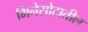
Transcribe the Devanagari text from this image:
मिनेसोटातील